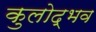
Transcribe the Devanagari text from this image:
कुलोद्भव